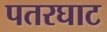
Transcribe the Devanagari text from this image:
पतरघाट